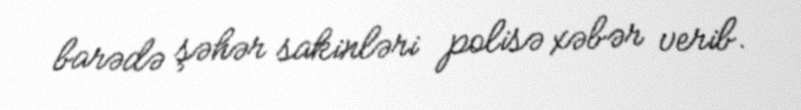
barədə şəhər sakinləri polisə xəbər verib.